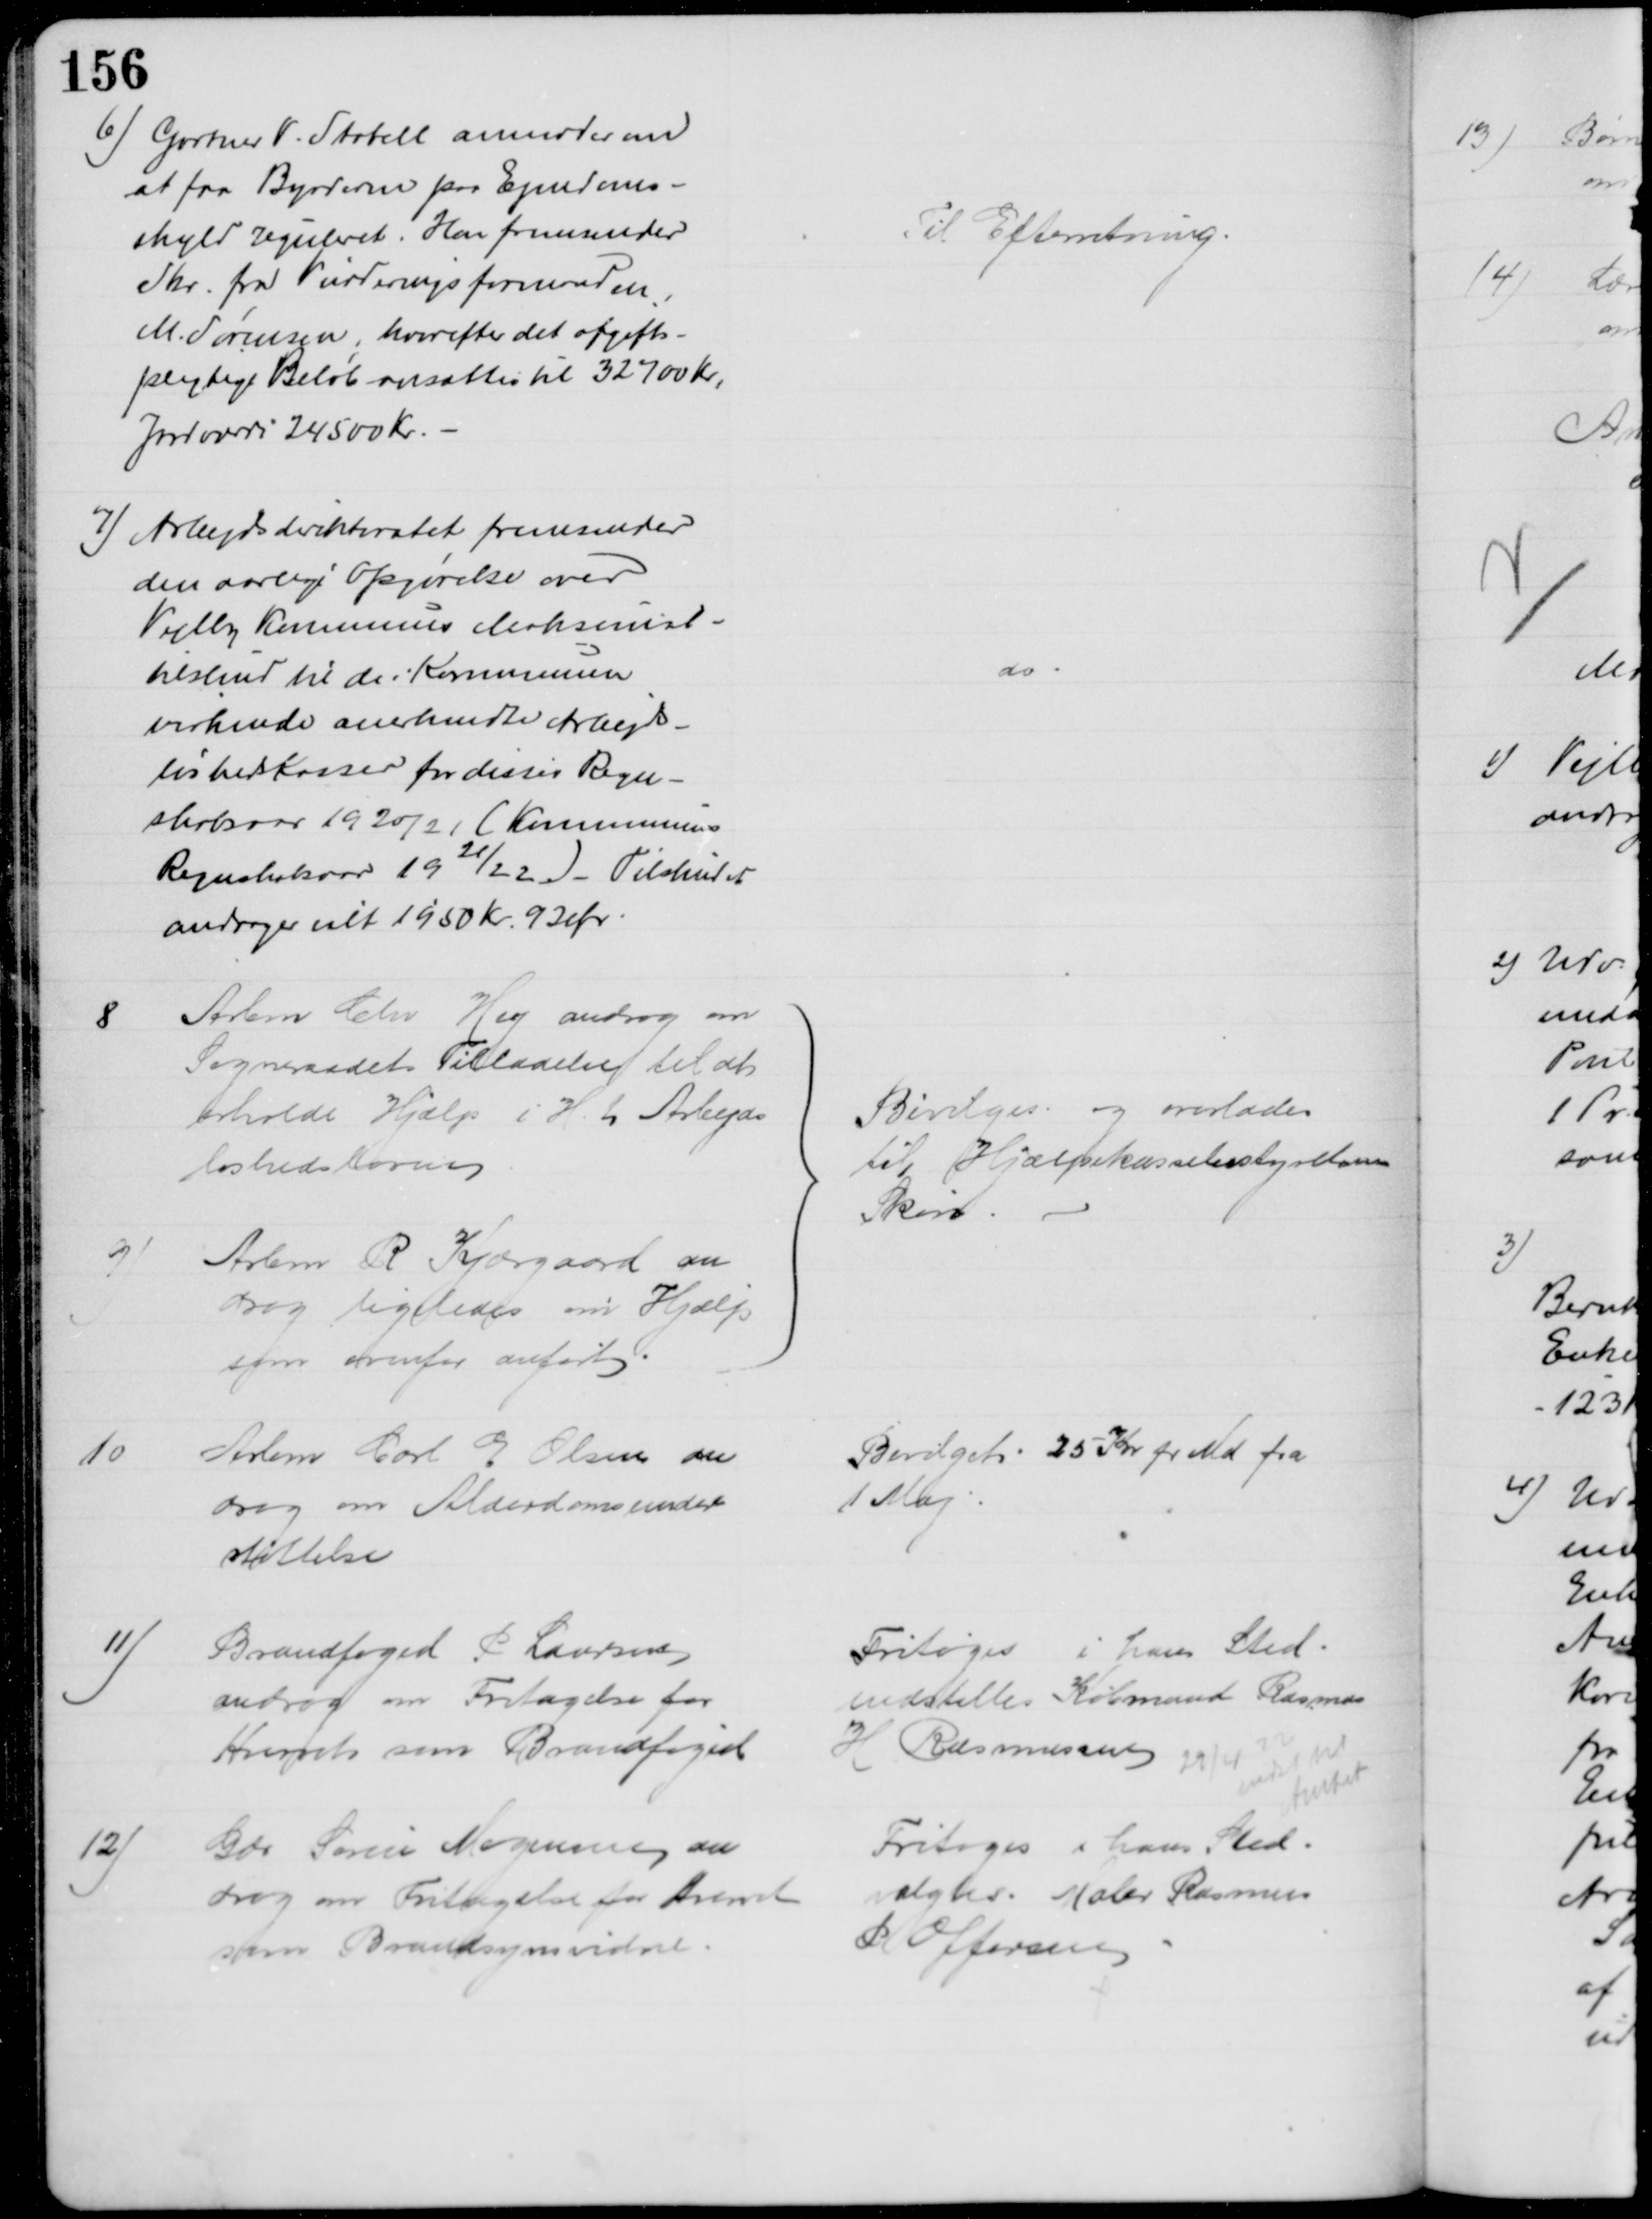
Transskription:
6) Gartner V. Stabell anmoder om
at faa Byrderne paa Ejendoms-
skyld reguleret. Han fremsender
Skr. fra Vurderingsformanden,
M. Sørensen, hvorefter det afgifts-
pligtige Beløb ansattes til 32700 Kr,
Jordværdi 24500 Kr.
Til Efterretning.
7) Arbejdsdirektoratet fremsender
den aarlige Opgørelse over 
Vejlby Kommunes Maksimal-
tilskud til de i Kommunen
virkende anerkendte Arbejds-
løshedskasser for disses Regn-
skabsaar 1920/21 (Kommunens
Regnskabsaar 1921/22) - Tilskudet
andrager ialt 1950 Kr. 92 Ør
do
8
Arbm Chr Hey androg om
Sogneraadets Tilladelse til at 
erholde Hjælp i H. t. Arbejds
løshedsloven
9)
Arbm R Kjærgaard an
drog ligeledes om Hjælp
som ovenfor anført.
Bevilges og overlades
til Hjælpekassebestyrelsens
Skøn.
10
Arbm Carl E Olsen an
drog om Alderdomsunder
støttelse
Bevilget 25 Kr pr Md fra
1 Maj
11)
Brandfoged P Laursen
androg om Fritagelse for
Hvervet som Brandfoged
Fritoges i hans Sted
indstilles Købmand Rasmus
H Rasmussen 
29/4 22
meddelt
Amtet
12)
Gdr Søren Mogensen an
drog om Fritagelse for hvervet 
som Brandsynsvidne.
Fritoges i hans Sted
valgtes Maler Rasmus
P Offersen